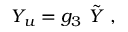
Y _ { u } = g _ { 3 } \ \tilde { Y } \ ,